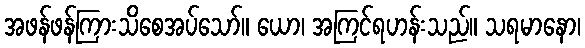
အဖန်ဖန်ကြားသိစေအပ်သော်။ ယော၊ အကြင်ရဟန်းသည်။ သရမာနော၊